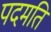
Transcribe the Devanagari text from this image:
पदमति